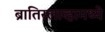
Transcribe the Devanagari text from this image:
ब्रातिस्लाव्हामध्ये